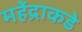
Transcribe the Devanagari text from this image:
महेंद्राकडे